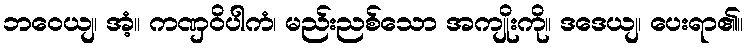
ဘဝေယျ၊ အံ့။ ကဏှဝိပါကံ၊ မည်းညစ်သော အကျိုးကို။ ဒဒေယျ၊ ပေးရာ၏။